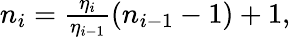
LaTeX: \begin{array}{r}{n_{i}=\frac{\eta_{i}}{\eta_{i-1}}\left(n_{i-1}-1\right)+1,}\end{array}